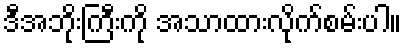
ဒီအဘိုးကြီးကို အသာထားလိုက်စမ်းပါ။